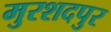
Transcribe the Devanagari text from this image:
मुरशदपुर